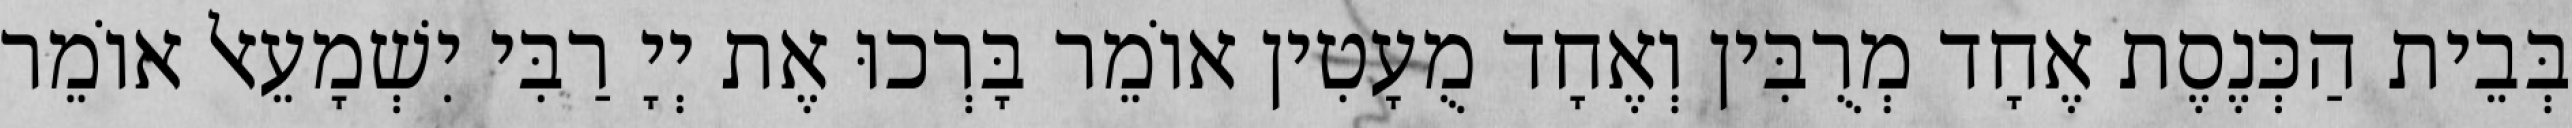
בְּבֵית הַכְּנֶסֶת אֶחָד מְרֻבִּין וְאֶחָד מֻעָטִין אוֹמֵר בָּרְכוּ אֶת יְיָ רַבִּי יִשְׁמָעֵאל אוֹמֵר